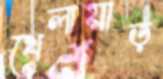
খেলায়াড়